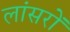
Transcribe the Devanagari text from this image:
लांसरों